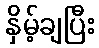
နှိမ့်ချပြီး